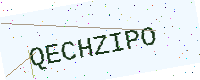
Text: QECHZIPO